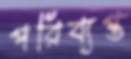
পরিব্যপ্ত